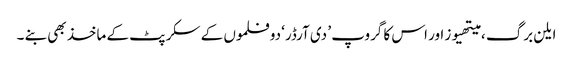
ایلن برگ ، میتھیوز اور اس کا گروپ ’ دی آرڈر‘ دو فلموں کے سکرپٹ کے ماخذ بھی بنے ۔